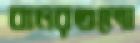
বানরগুলো